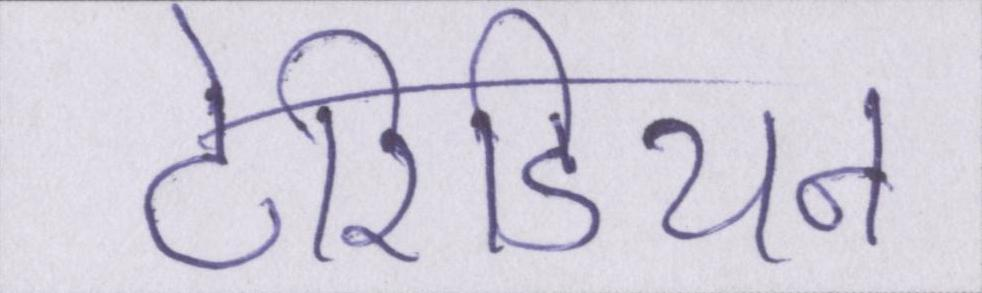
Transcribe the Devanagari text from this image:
टेरिडियन